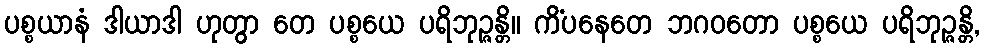
ပစ္စယာနံ ဒါယာဒါ ဟုတွာ တေ ပစ္စယေ ပရိဘုဉ္ဇန္တိ။ ကိံပနေတေ ဘဂဝတော ပစ္စယေ ပရိဘုဉ္ဇန္တိ,